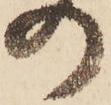
の